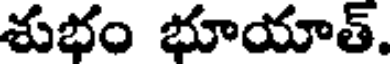
శుభం భూయాత్.